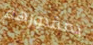
بمقدورهم